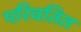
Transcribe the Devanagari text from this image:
परिवतित